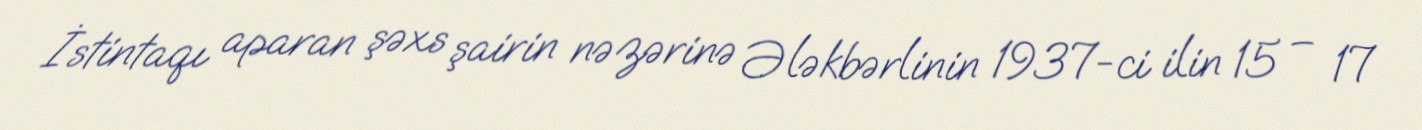
İstintaqı aparan şəxs şairin nəzərinə Ələkbərlinin 1937-ci ilin 15 – 17